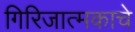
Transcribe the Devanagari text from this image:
गिरिजात्मकाचे